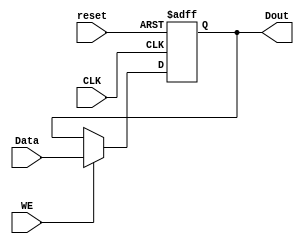
`timescale 1ns / 1ps
//////////////////////////////////////////////////////////////////////////////////
// Company: 
// Engineer: 
// 
// Design Name: 
// Module Name:    Register 
// Project Name: 
// Target Devices: 
// Tool versions: 
// Description: 
//
// Dependencies: 
//
// Revision: 
// Revision 0.01 - File Created
// Additional Comments: 
//
//////////////////////////////////////////////////////////////////////////////////
module Register(
    input wire [31:0] Data , 
    output reg [31:0] Dout,
    input wire CLK,
    input wire WE, reset
    );
	 
	 		
		
      always @(posedge CLK, posedge reset)
		begin 
			if(reset) // reset
				Dout <= 32'b0; 
		  else if (WE) // normal function
			Dout <= Data;  
end
endmodule